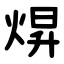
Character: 焺